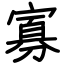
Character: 寡